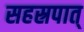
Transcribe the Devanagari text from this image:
सहस्रपात्